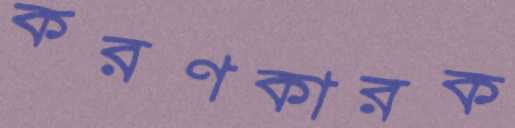
করণকারক